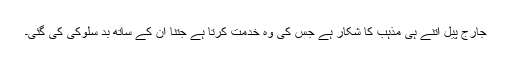
جارج پیل اتنے ہی مذہب کا شکار ہے جس کی وہ خدمت کرتا ہے جتنا ان کے ساتھ بد سلوکی کی گئی۔